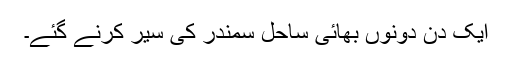
ایک دن دونوں بھائی ساحل سمندر کی سیر کرنے گئے۔